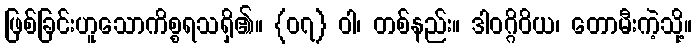
ဖြစ်ခြင်းဟူသောကိစ္စရသရှိ၏။ {၀၇} ဝါ၊ တစ်နည်း။ ဒါဝဂ္ဂိဝိယ၊ တောမီးကဲ့သို့။